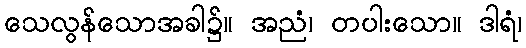
သေလွန်သောအခါ၌။ အညံ၊ တပါးသော။ ဒါရံ၊